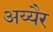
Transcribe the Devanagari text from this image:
अय्यैर